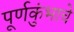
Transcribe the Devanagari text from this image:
पूर्णकुंभाचे